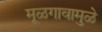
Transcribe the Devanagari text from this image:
मूळगावामुळे